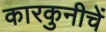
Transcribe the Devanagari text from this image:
कारकुनीचें